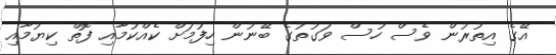
އޭގެ އިތުރުން ވެސް ހުސް ވަގުތުގެ ބޭނުން ހިފުމަށް ކެއްކުމާއި ފޮތް ކިޔުމާއި